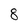
Character: 8